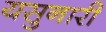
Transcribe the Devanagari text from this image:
यसुनारी